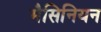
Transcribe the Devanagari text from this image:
मैसिनियन